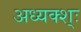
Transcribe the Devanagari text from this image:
अध्यक्श्ः